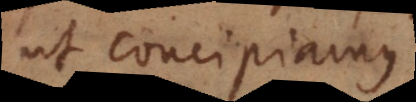
ut concipiamus